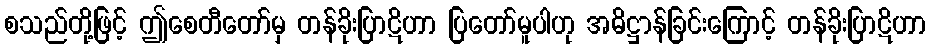
စသည်တို့ဖြင့် ဤစေတီတော်မှ တန်ခိုးပြာဋိဟာ ပြတော်မူပါဟု အဓိဋ္ဌာန်ခြင်းကြောင့် တန်ခိုးပြာဋိဟာ